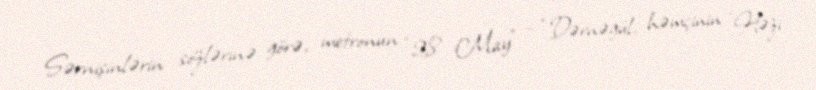
Sərnişinlərin sözlərinə görə, metronun “28 May” - “Dərnəgül, həmçinin "Həzi